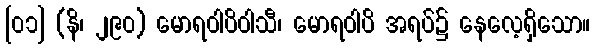
[၀၁] (နိ၊ ၂၉၀) မောရဝါပိဝါသီ၊ မောရဝါပိ အရပ်၌ နေလေ့ရှိသော။